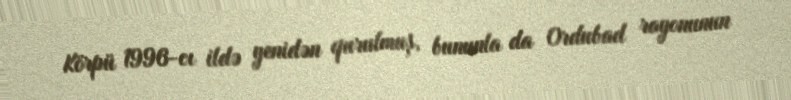
Körpü 1996-cı ildə yenidən qurulmuş, bununla da Ordubad rayonunun